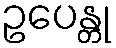
ဥပေန္တု